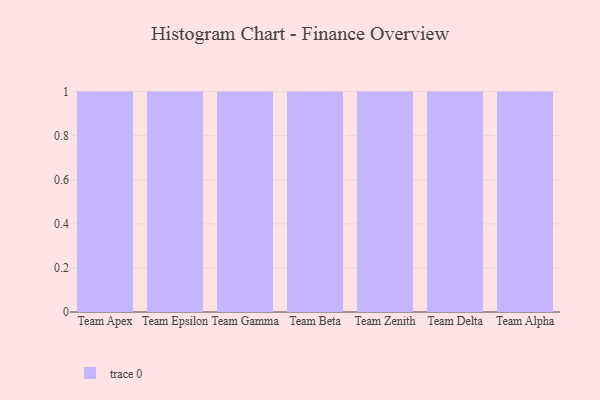
{"axis": {"x": "Team", "y": "LTV (USD)"}, "legend": [""], "data": [{"x": "Team Apex", "y": 38, "type": ""}, {"x": "Team Epsilon", "y": 45, "type": ""}, {"x": "Team Gamma", "y": 75, "type": ""}, {"x": "Team Beta", "y": 89, "type": ""}, {"x": "Team Zenith", "y": 52, "type": ""}, {"x": "Team Delta", "y": 16, "type": ""}, {"x": "Team Alpha", "y": 53, "type": ""}]}